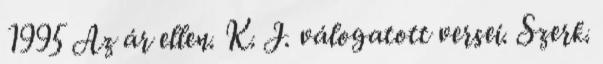
1995 Az ár ellen. K. J. válogatott versei. Szerk.